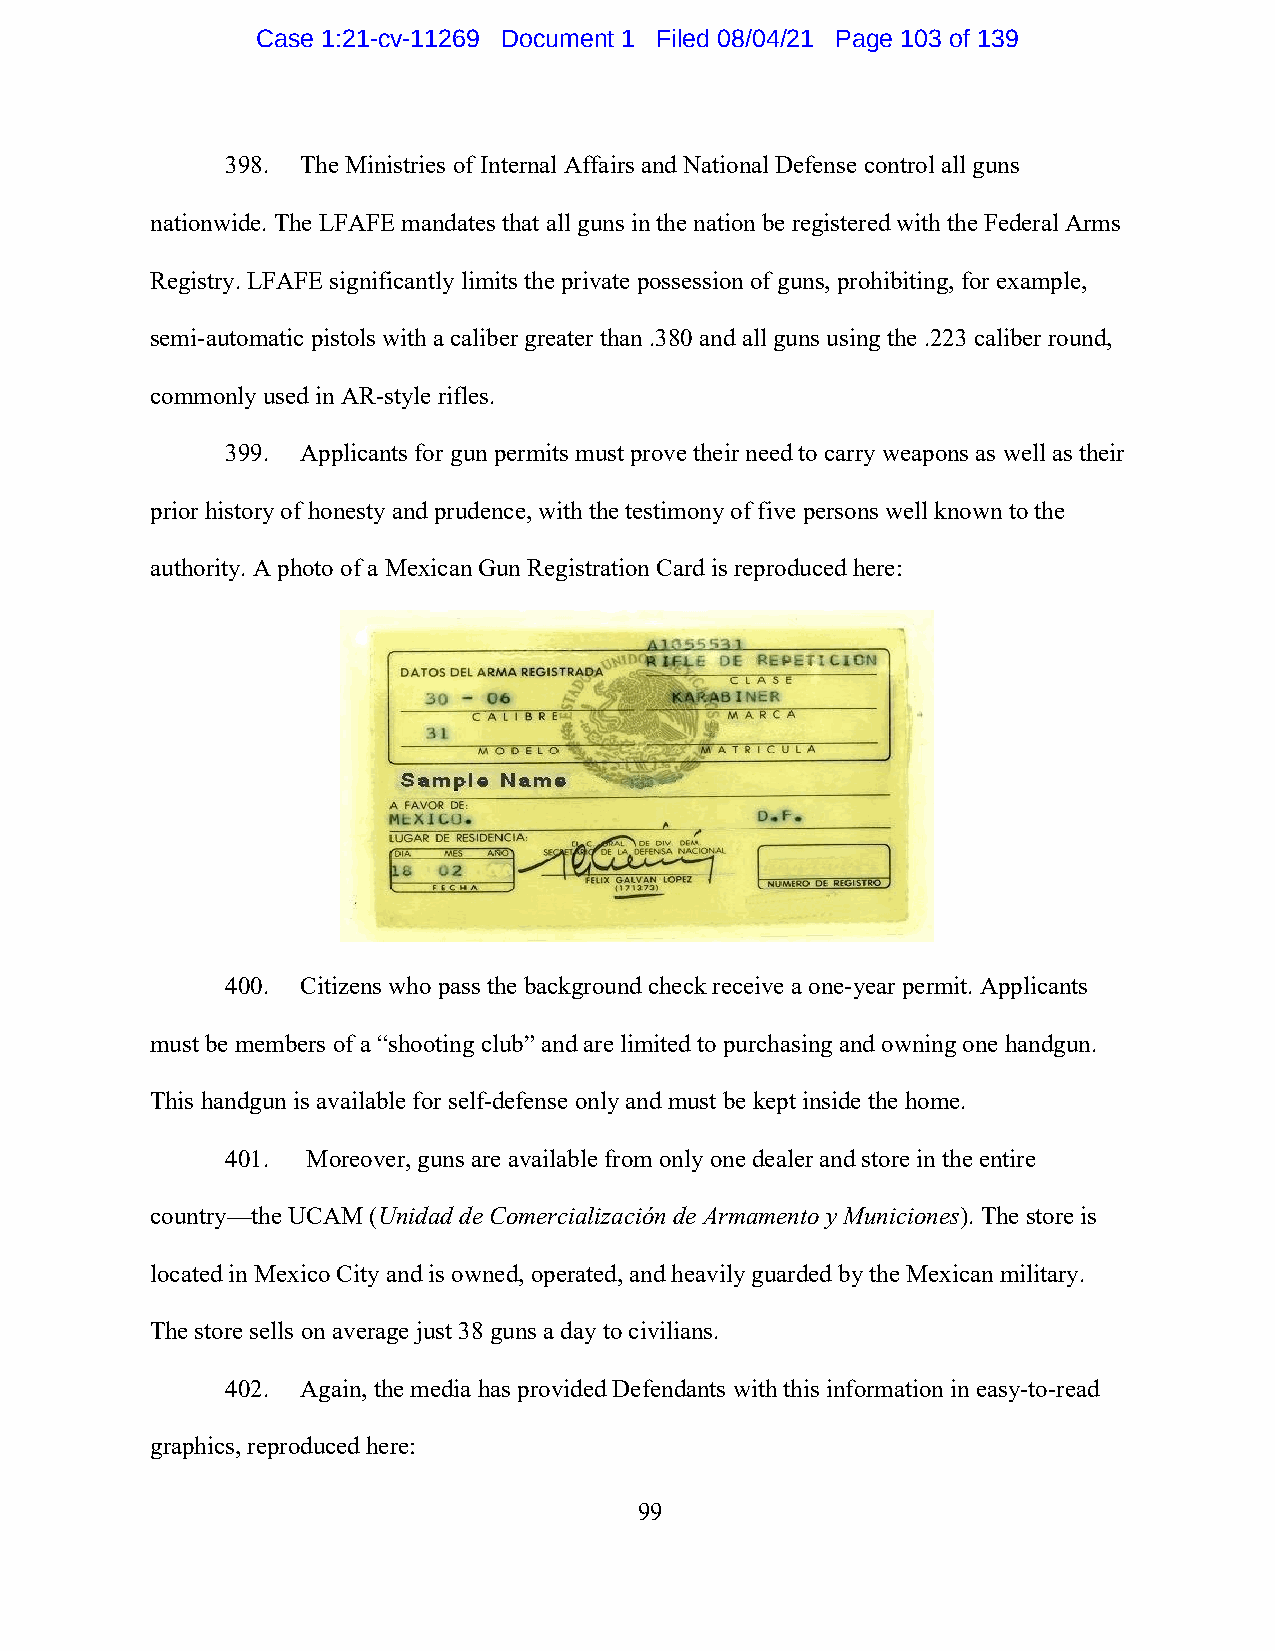
Case 1:21-cv-11269 Document 1 Filed 08/04/21 Page 103 of 139
 398. The Ministries of Internal Affairs and National Defense control all guns
 nationwide. The LFAFE mandates that all guns in the nation be registered with the Federal Arms
 Registry. LFAFE significantly limits the private possession of guns, prohibiting, for example,
 semi-automatic pistols with a caliber greater than .380 and all guns using the .223 caliber round,
 commonly used in AR-style rifles.
 399. Applicants for gun permits must prove their need to carry weapons as well as their
 prior history of honesty and prudence, with the testimony of five persons well known to the
 authority. A photo of a Mexican Gun Registration Card is reproduced here:
 400. Citizens who pass the background check receive a one-year permit. Applicants
 must be members of a “shooting club” and are limited to purchasing and owning one handgun.
 This handgun is available for self-defense only and must be kept inside the home.
 401. Moreover, guns are available from only one dealer and store in the entire
 country—the UCAM (Unidad de Comercialización de Armamento y Municiones). The store is
 located in Mexico City and is owned, operated, and heavily guarded by the Mexican military.
 The store sells on average just 38 guns a day to civilians.
 402. Again, the media has provided Defendants with this information in easy-to-read
 graphics, reproduced here:
 99